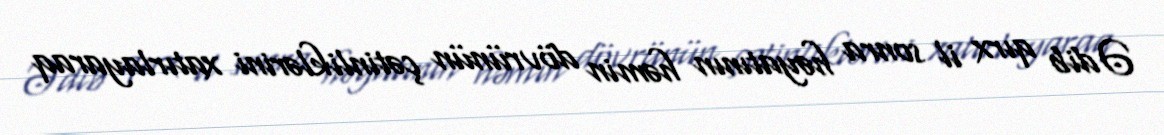
Ədib qırx il sonra həyatının həmin dövrünün çətinliklərini xatırlayaraq